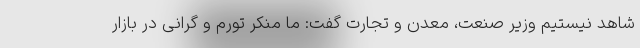
شاهد نیستیم وزیر صنعت، معدن و تجارت گفت: ما منکر تورم و گرانی در بازار